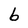
Character: b